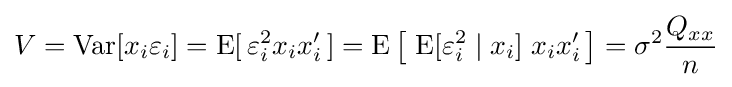
V=\operatorname {Var} [x_{i}\varepsilon _{i}]=\operatorname {E} [\,\varepsilon _{i}^{2}x_{i}x'_{i}\,]=\operatorname {E} {\big [}\,\operatorname {E} [\varepsilon _{i}^{2}\mid x_{i}]\;x_{i}x'_{i}\,{\big ]}=\sigma ^{2}{\frac {Q_{xx}}{n}}